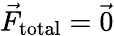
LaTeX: \vec{F}_{\mathrm{total}}=\vec{0}